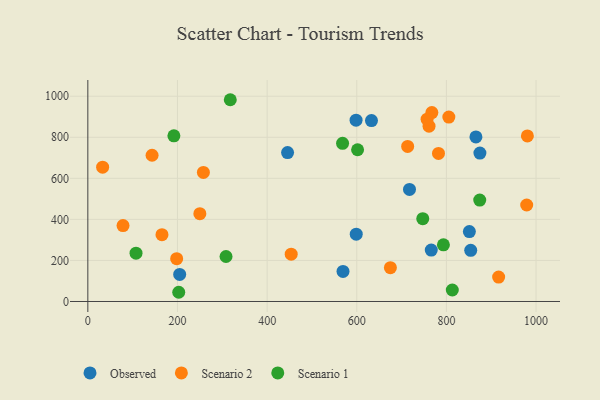
{"axis": {"x": "Ad Spend", "y": "Exam Score"}, "legend": ["Observed", "Scenario 1", "Scenario 2"], "data": [{"x": "874.7", "y": 723.3, "type": "Observed"}, {"x": "204.9", "y": 132.0, "type": "Observed"}, {"x": "766.2", "y": 250.3, "type": "Observed"}, {"x": "865.8", "y": 801.8, "type": "Observed"}, {"x": "598.4", "y": 883.2, "type": "Observed"}, {"x": "854.2", "y": 249.4, "type": "Observed"}, {"x": "851.2", "y": 340.8, "type": "Observed"}, {"x": "569.3", "y": 146.3, "type": "Observed"}, {"x": "445.6", "y": 725.3, "type": "Observed"}, {"x": "632.8", "y": 881.4, "type": "Observed"}, {"x": "717.6", "y": 546.1, "type": "Observed"}, {"x": "598.8", "y": 328.2, "type": "Observed"}, {"x": "980.6", "y": 806.7, "type": "Scenario 2"}, {"x": "453.7", "y": 230.7, "type": "Scenario 2"}, {"x": "198.2", "y": 208.7, "type": "Scenario 2"}, {"x": "78.5", "y": 369.8, "type": "Scenario 2"}, {"x": "767.5", "y": 920.6, "type": "Scenario 2"}, {"x": "782.3", "y": 721.3, "type": "Scenario 2"}, {"x": "249.9", "y": 428.0, "type": "Scenario 2"}, {"x": "761.2", "y": 853.9, "type": "Scenario 2"}, {"x": "143.3", "y": 712.6, "type": "Scenario 2"}, {"x": "713.5", "y": 755.6, "type": "Scenario 2"}, {"x": "979.1", "y": 470.2, "type": "Scenario 2"}, {"x": "756.9", "y": 888.4, "type": "Scenario 2"}, {"x": "165.4", "y": 325.4, "type": "Scenario 2"}, {"x": "33.0", "y": 654.2, "type": "Scenario 2"}, {"x": "805.4", "y": 898.7, "type": "Scenario 2"}, {"x": "675.0", "y": 164.7, "type": "Scenario 2"}, {"x": "257.8", "y": 629.0, "type": "Scenario 2"}, {"x": "916.5", "y": 119.0, "type": "Scenario 2"}, {"x": "747.2", "y": 403.3, "type": "Scenario 1"}, {"x": "793.3", "y": 276.0, "type": "Scenario 1"}, {"x": "874.3", "y": 494.1, "type": "Scenario 1"}, {"x": "202.8", "y": 44.9, "type": "Scenario 1"}, {"x": "308.3", "y": 219.2, "type": "Scenario 1"}, {"x": "107.5", "y": 235.6, "type": "Scenario 1"}, {"x": "317.8", "y": 983.0, "type": "Scenario 1"}, {"x": "568.3", "y": 770.8, "type": "Scenario 1"}, {"x": "601.8", "y": 739.4, "type": "Scenario 1"}, {"x": "192.0", "y": 807.2, "type": "Scenario 1"}, {"x": "813.1", "y": 55.9, "type": "Scenario 1"}]}